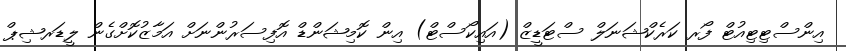
އިންސްޓިޓިއުޓް ފޯރ ކަރެކްޝަނަލް ސްޓަޑީޒް (އައިކޯސްޓް) އިން ކޮމިޝަންޑް އޮފިސަރުންނަށް އަމާޒުކޮށްގެން ލީޑަރޝިޕް